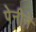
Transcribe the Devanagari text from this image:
पेनीने